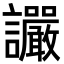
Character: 讝